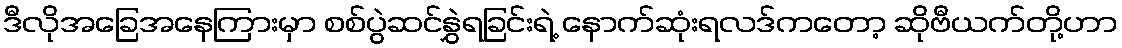
ဒီလိုအခြေအနေကြားမှာ စစ်ပွဲဆင်နွှဲရခြင်းရဲ့ နောက်ဆုံးရလဒ်ကတော့ ဆိုဗီယက်တို့ဟာ